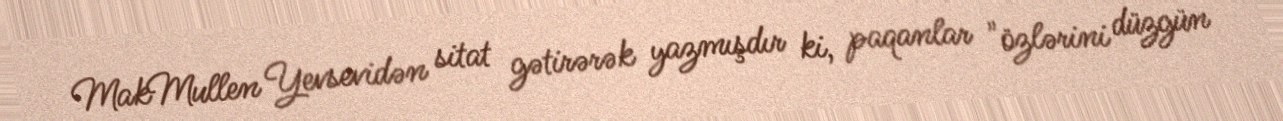
MakMullen Yevsevidən sitat gətirərək yazmışdır ki, paqanlar "özlərini düzgün